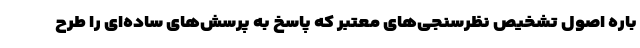
باره اصول تشخیص نظرسنجی‌های معتبر که پاسخ به پرسش‌های ساده‌ای را طرح